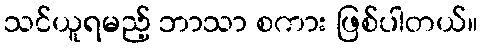
သင်ယူရမည့် ဘာသာ စကား ဖြစ်ပါတယ်။